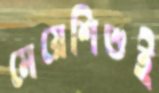
মেয়েশিশুই